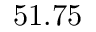
5 1 . 7 5